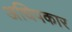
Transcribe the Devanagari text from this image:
अधिपकार